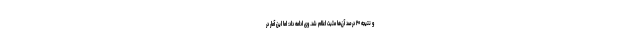
و نتیجه ۲۰ درصد آن‌ها مثبت اعلام شد. وی ادامه داد: اما این آمار در